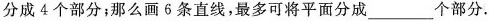
分成4个部分；那么画6条直线，最多可将平面分成___个部分.